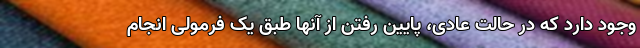
وجود دارد که در حالت عادی، پایین رفتن از آنها طبق یک فرمولی انجام